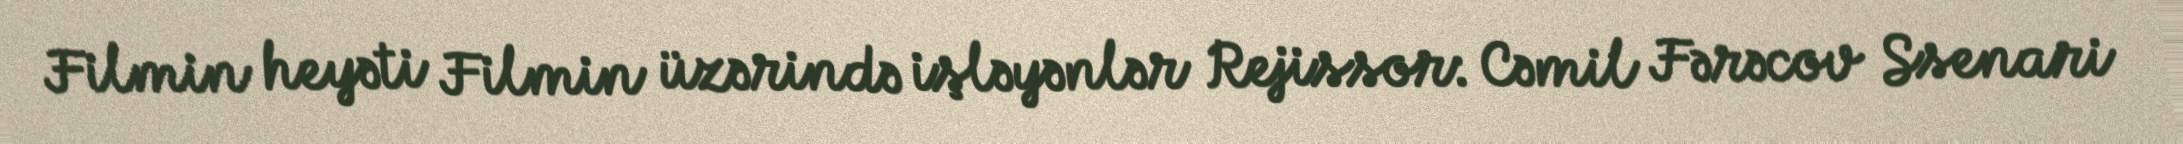
Filmin heyəti Filmin üzərində işləyənlər Rejissor: Cəmil Fərəcov Ssenari